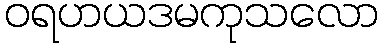
ဝရဟယဒမကုသလော